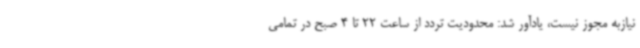
نیازبه مجوز نیست، یادآور شد: محدودیت تردد از ساعت 22 تا 4 صبح در تمامی